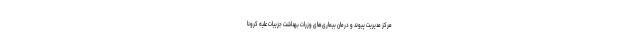
مرکز مدیریت پیوند و درمان بیماری‌های وزرات بهداشت جزییات علیه کرونا